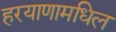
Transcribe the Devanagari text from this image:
हरयाणामधिल